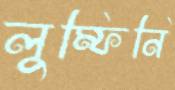
লুম্ফিনি